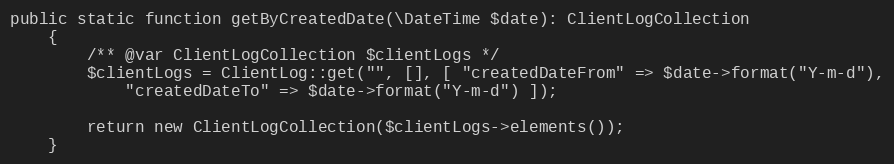
Language: PHP
public static function getByCreatedDate(\DateTime $date): ClientLogCollection
    {
        /** @var ClientLogCollection $clientLogs */
        $clientLogs = ClientLog::get("", [], [ "createdDateFrom" => $date->format("Y-m-d"),
            "createdDateTo" => $date->format("Y-m-d") ]);

        return new ClientLogCollection($clientLogs->elements());
    }